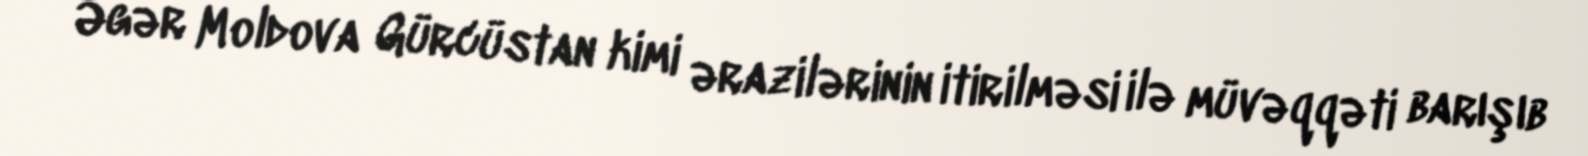
Əgər Moldova Gürcüstan kimi ərazilərinin itirilməsi ilə müvəqqəti barışıb